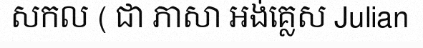
សកល ( ជា ភាសា អង់គ្លេស Julian